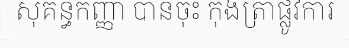
សុគន្ធកញ្ញា បានចុះ កុងត្រាផ្លូវការ